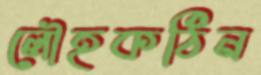
লৌহকঠিন